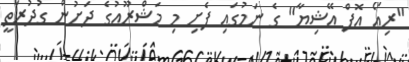
"ރިއޯ އޮފް އޭޝިޔާ" ގެ ނަމުގައި ފެށި މި މަޝްރޫއުގެ ދަށުން ގުދުރަތީ